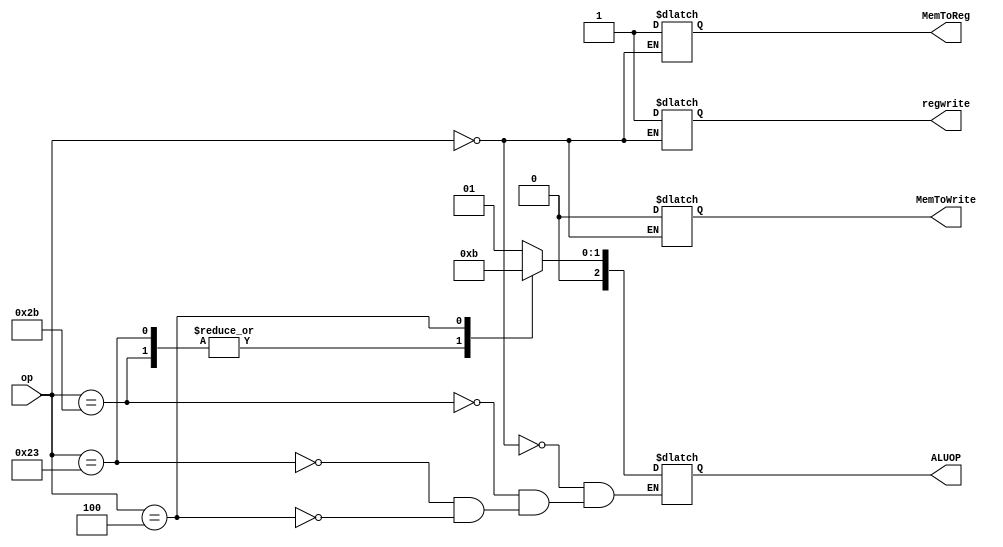
module UnidadControl(
input [5:0]op,
output reg MemToReg,
output reg MemToWrite,
output reg [2:0]ALUOP,
output reg regwrite
);


always@*
begin
case(op)
	0:begin
	MemToReg <= 1;
	MemToWrite <= 0;
	ALUOP <= 1;
	regwrite <= 1;
	end
	43: ALUOP <= 2;
	35: ALUOP <= 2;
	4: ALUOP <= 3;
endcase
end


endmodule